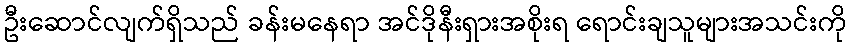
ဦးဆောင်လျက်ရှိသည် ခန်းမနေရာ အင်ဒိုနီးရှားအစိုးရ ရောင်းချသူများအသင်းကို